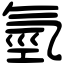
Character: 氫